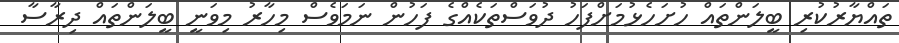
ތައްޔާރުކުރި ބީލަންތައް ހުށަހެޅުމަށްފަހު ދުވަސްތަކެއްގެ ފަހުން ނަމަވެސް މިހާރު މިވަނީ ބީލަންތައް ދިރާސާ